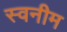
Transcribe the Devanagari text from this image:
स्वनीम